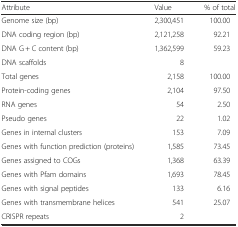
<table><thead><tr><td><b>Attribute</b></td><td><b>Value</b></td><td><b>% of total</b></td></tr></thead><tbody><tr><td>Genome size (bp)</td><td>2,300,451</td><td>100.00</td></tr><tr><td>DNA coding region (bp)</td><td>2,121,258</td><td>92.21</td></tr><tr><td>DNA G + C content (bp)</td><td>1,362,599</td><td>59.23</td></tr><tr><td>DNA scaffolds</td><td>8</td><td></td></tr><tr><td>Total genes</td><td>2,158</td><td>100.00</td></tr><tr><td>Protein-coding genes</td><td>2,104</td><td>97.50</td></tr><tr><td>RNA genes</td><td>54</td><td>2.50</td></tr><tr><td>Pseudo genes</td><td>22</td><td>1.02</td></tr><tr><td>Genes in internal clusters</td><td>153</td><td>7.09</td></tr><tr><td>Genes with function prediction (proteins)</td><td>1,585</td><td>73.45</td></tr><tr><td>Genes assigned to COGs</td><td>1,368</td><td>63.39</td></tr><tr><td>Genes with Pfam domains</td><td>1,693</td><td>78.45</td></tr><tr><td>Genes with signal peptides</td><td>133</td><td>6.16</td></tr><tr><td>Genes with transmembrane helices</td><td>541</td><td>25.07</td></tr><tr><td>CRISPR repeats</td><td>2</td><td></td></tr></tbody></table>